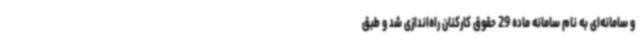
و سامانه‌ای به نام سامانه ماده 29 حقوق کارکنان راه‌اندازی شد و طبق